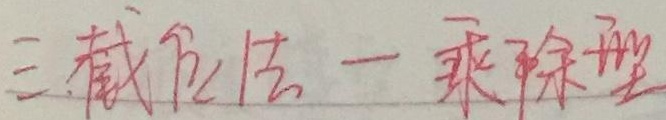
三. 截位法——乘除型